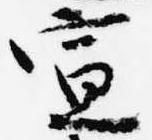
宣